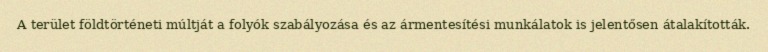
A terület földtörténeti múltját a folyók szabályozása és az ármentesítési munkálatok is jelentősen átalakították.